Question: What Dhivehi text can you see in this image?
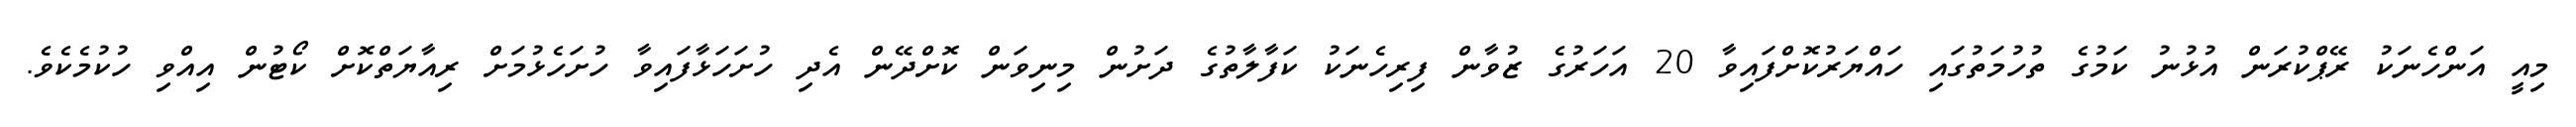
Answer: މިއީ އަންހެނަކު ރޭޕްކުރަން އުޅުނު ކަމުގެ ތުހުމަތުގައި ހައްޔަރުކޮށްފައިވާ 20 އަހަރުގެ ޒުވާން ފިރިހެނަކު ކަފާލާތުގެ ދަށުން މިނިވަން ކޮށްދޭން އެދި ހުށަހަޅާފައިވާ ހުށަހެޅުމަށް ރިއާޔަތްކޮށް ކޯޓުން އިއްވި ހުކުމެކެވެ.